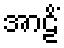
အာဠိံ